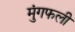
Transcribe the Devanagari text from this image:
मुंगफली